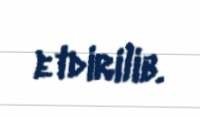
etdirilib.